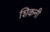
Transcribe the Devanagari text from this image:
शिकनी